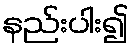
နည်းပါး၍